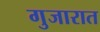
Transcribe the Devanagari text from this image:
गुजारात